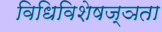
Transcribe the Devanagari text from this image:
विधिविशेषज्ञता